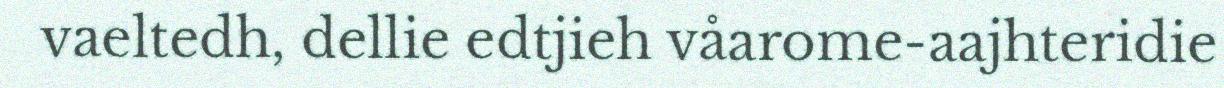
vaeltedh, dellie edtjieh våarome-aajhteridie